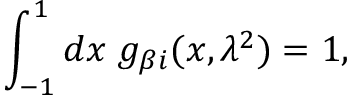
\int _ { - 1 } ^ { 1 } d x \; g _ { \beta i } ( x , \lambda ^ { 2 } ) = 1 ,